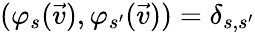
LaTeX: (\varphi_{s}(\vec{v}),\varphi_{s^{\prime}}(\vec{v}))=\delta_{s,s^{\prime}}